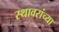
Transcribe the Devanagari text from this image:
स्थावरांच्या